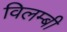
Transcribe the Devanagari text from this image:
विलम्बी